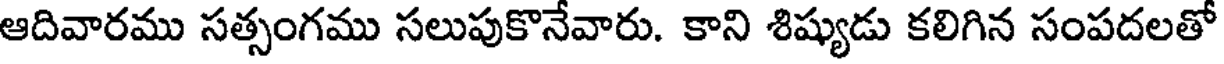
ఆదివారము సత్సంగము సలుపుకొనేవారు. కాని శిష్యుడు కలిగిన సంపదలతో